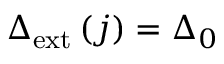
\Delta _ { \mathrm { { e x t } } } \left( j \right) = \Delta _ { 0 }